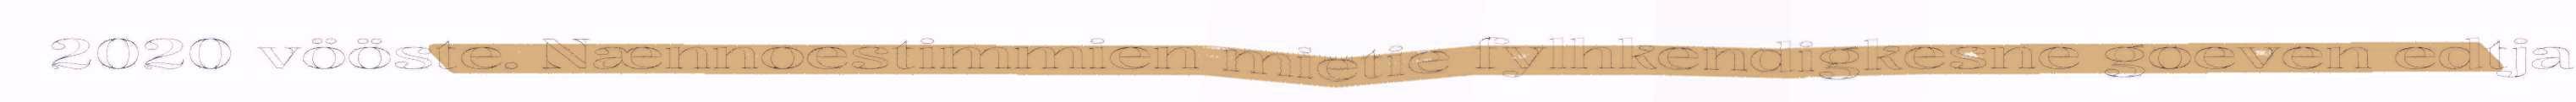
2020 vööste. Nænnoestimmien mietie fylhkendigkesne goeven edtja